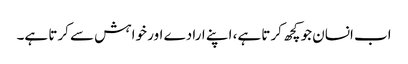
اب انسان جو کچھ کرتا ہے، اپنے ارادے اور خواہش سے کرتا ہے۔